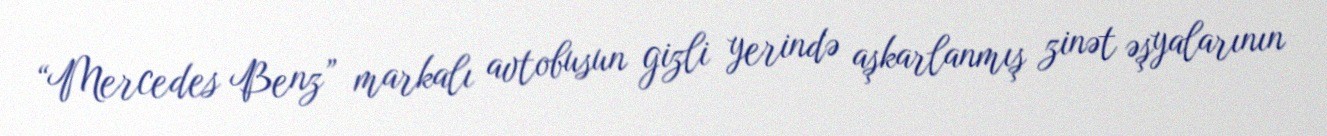
“Mercedes Benz” markalı avtobusun gizli yerində aşkarlanmış zinət əşyalarının